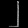
Digit: ၂